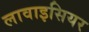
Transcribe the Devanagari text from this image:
लावाइसियर